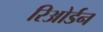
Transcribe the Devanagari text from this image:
रिओर्डन